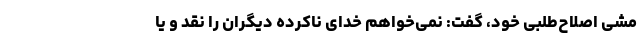
مشی اصلاح‌طلبی خود، گفت: نمی‌خواهم خدای ناکرده دیگران را نقد و یا